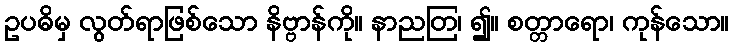
ဥပဓိမှ လွတ်ရာဖြစ်သော နိဗ္ဗာန်ကို။ နာညတြ၊ ၍။ စတ္တာရော၊ ကုန်သော။